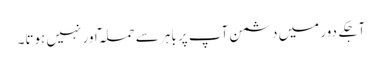
آجکے دور میں دشمن آپ پر باہر سے حملہ ٓاور نہیں ہوتا۔